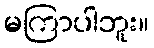
မကြာပါဘူး။